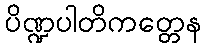
ပိဏ္ဍပါတိကတ္တေန